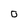
Character: 0